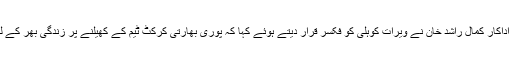
فوٹو : فائل ممبئی: بھارتی اداکار کمال راشد خان نے ویرات کوہلی کو فکسر قرار دیتے ہوئے کہا کہ پوری بھارتی کرکٹ ٹیم کے کھیلنے پر زندگی بھر کے لیے پابندی لگادینی چاہیے۔